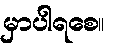
မှာပါရစေ။